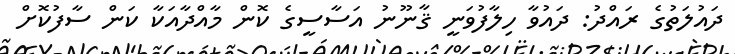
ދައުލަތުގެ ރައްދު: ދައުވާ ހިލާފުވަނީ ޤާނޫނު އަސާސީގެ ކޮން މާއްދާއަކާ ކަން ސާފުކޮށް